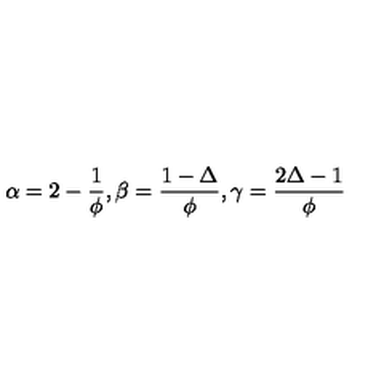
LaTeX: \alpha = 2 - { \frac { 1 } { \phi } } , \beta = { \frac { 1 - \Delta } { \phi } } , \gamma = { \frac { 2 \Delta - 1 } { \phi } }